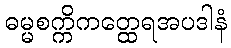
ဓမ္မစက္ကိကတ္ထေရအပဒါနံ